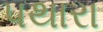
પથારા